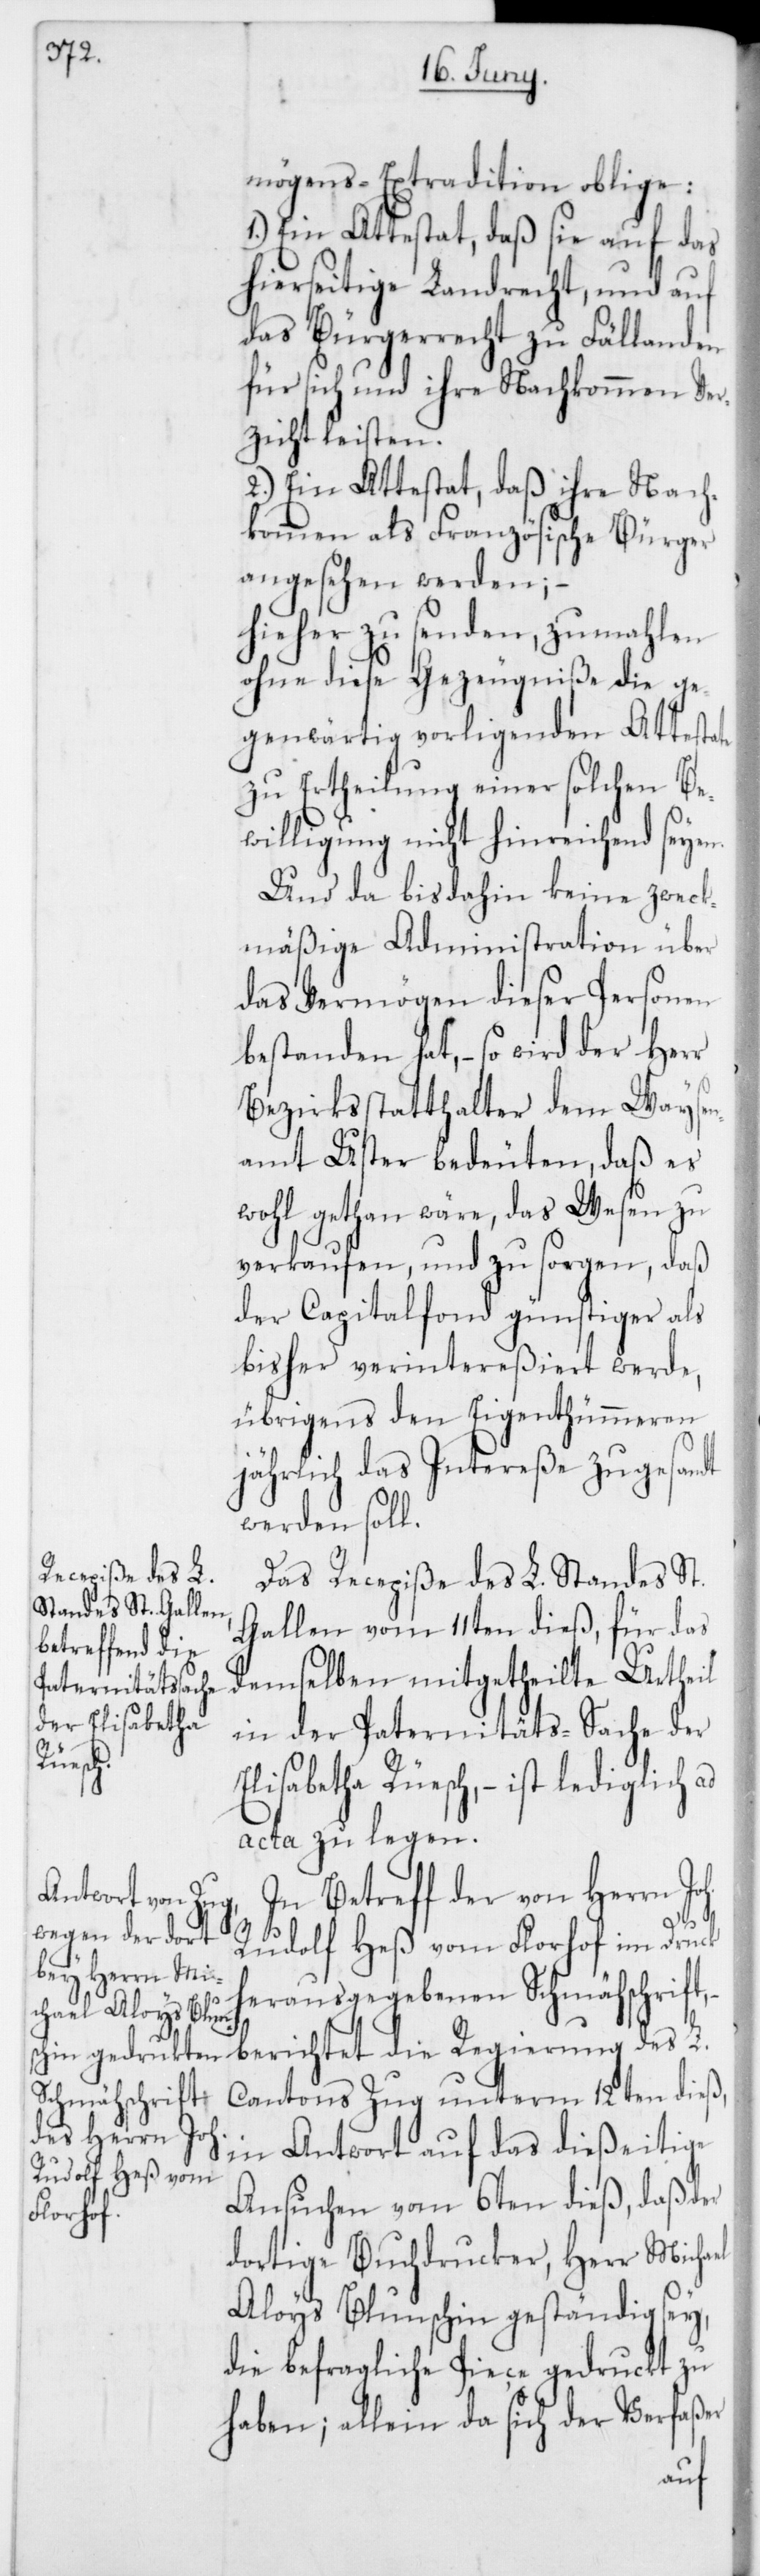
mögens-Extradition oblige:
1.) Ein Attestat, daß sie auf das
hierseitige Landrecht, und auf
das Bürgerrecht zu Fällanden
für sich und ihre Nachkommen Ver¬
zicht leisten.
2.) Ein Attestat, daß ihre Nach¬
kommen als Französische Bürger
angesehen werden; –
hieher zu senden, zumahlen
ohne diese Gezeugniße die ge¬
genwärtig vorligenden Attest¬
zu Ertheilung einer solchen Be¬
willigung nicht hinreichend seyen.
Und da bis dahin keine zweck¬
mäßige Administration über
das Vermögen dieser Personen
bestanden hat, – so wird der Herr
Bezirksstatthalter dem Wayse¬
namt Uster bedeuten, daß es
wohl gethan wäre, das Wesen zu
verkaufen, und zu sorgen, daß
der Capitalfond günstiger als
bisher verintereßiert werde,
übrigens den Eigenthümmeren
jährlich das Intereße zugesandt
werden soll.
Regierung des L.
Das Recepisse des L. Standes St.
Gallen vom 11ten dieß, für das
demselben mitgetheilte Urtheil
in der Paternitäts-Sache der
Elisabetha Rüesch, – ist lediglich ad
acta zu legen.
In Betreff der von Herrn Joh.
Rudolf Heß vom Florhof im Druck
herausgegebenen Schmähschrift,
in Antwort auf das dießeitige
Ansuchen vom 6ten dieß, daß der
dortige Buchdrucker, Herr Michael
Aloys Blunschin geständig sey,
die befragliche Piece gedruckt zu
haben; allein da sich der Verfaßer
ate